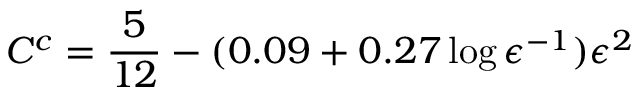
C ^ { c } = \frac { 5 } { 1 2 } - ( 0 . 0 9 + 0 . 2 7 \log { \epsilon ^ { - 1 } } ) \epsilon ^ { 2 }